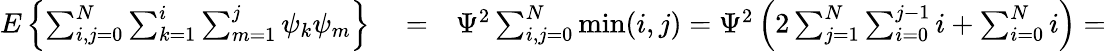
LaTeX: \begin{array}{rlr}{E\left\{ \sum_{i,j=0}^{N}\sum_{k=1}^{i}\sum_{m=1}^{j}\psi_{k}\psi_{m}\right\} }&{{}=}&{\Psi^{2}\sum_{i,j=0}^{N}\operatorname*{min}(i,j)=\Psi^{2}\left(2\sum_{j=1}^{N}\sum_{i=0}^{j-1}i+\sum_{i=0}^{N}i\right)=}\end{array}